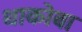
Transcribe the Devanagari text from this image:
धाकोबा